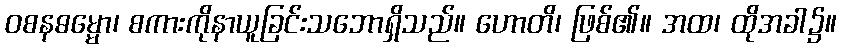
ဝစနဓမ္မော၊ စကားကိုနာယူခြင်းသဘောရှိသည်။ ဟောတိ၊ ဖြစ်၏။ အထ၊ ထိုအခါ၌။